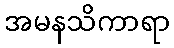
အမနသိကာရာ